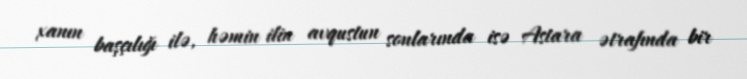
xanın başçılığı ilə, həmin ilin avqustun sonlarında isə Astara ətrafında bir